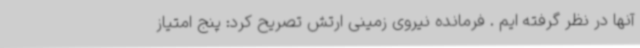
آنها در نظر گرفته ایم . فرمانده نیروی زمینی ارتش تصریح کرد: پنج امتیاز